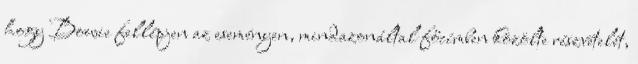
hogy Bowie fellépjen az eseményen, mindazonáltal főcímben közölte részvételét,